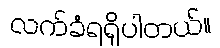
လက်ခံရရှိပါတယ်။